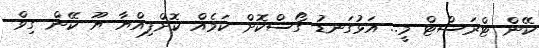
ކޭން ޓްރަސްޓް މީ.. އަޅުގަނޑު ގޯސްކޮށް ކަމެއް ކޮށްފިއްޔާ ޔޫ ކޭން ގިވް